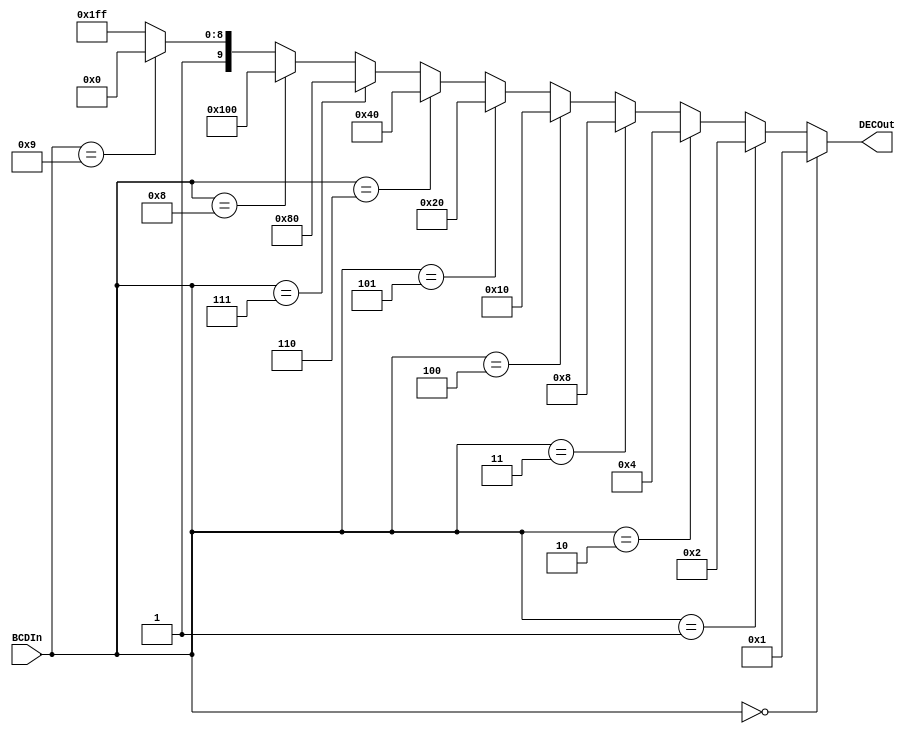
module BCDtoDecimal(DECOut,BCDIn);
input [3:0] BCDIn;
output [9:0] DECOut;

assign DECOut = (BCDIn==4'b0000)? 10'b0000000001:
                (BCDIn==4'b0001)? 10'b0000000010:
                (BCDIn==4'b0010)? 10'b0000000100:
                (BCDIn==4'b0011)? 10'b0000001000:
                (BCDIn==4'b0100)? 10'b0000010000:
                (BCDIn==4'b0101)? 10'b0000100000:
                (BCDIn==4'b0110)? 10'b0001000000:
                (BCDIn==4'b0111)? 10'b0010000000:
                (BCDIn==4'b1000)? 10'b0100000000:
                (BCDIn==4'b1001)? 10'b1000000000:10'b1111111111;

endmodule

module Top;
wire [9:0] DEC_out;
reg [3:0] BCD_in;

BCDtoDecimal my_module(DEC_out,BCD_in);

initial
    begin
        $monitor($time," BCDIn = %d --> DECOut = %b",BCD_in,DEC_out);
    end
 
initial
    begin
    BCD_in=4'b0000;
    #10 BCD_in=4'b0001;
    #10 BCD_in=4'b0010;
    #10 BCD_in=4'b0011;
    #10 BCD_in=4'b0100;
    #10 BCD_in=4'b0101;
    #10 BCD_in=4'b0110;
    #10 BCD_in=4'b0111;
    #10 BCD_in=4'b1000;
    #10 BCD_in=4'b1001;
    #10 BCD_in=4'b1010;
    #10 BCD_in=4'b1011;
    #10 BCD_in=4'b1100;
    #10 BCD_in=4'b1101;
    #10 BCD_in=4'b1110;
    #10 BCD_in=4'b1111;
    #10 BCD_in=4'b0000;
    $finish;
    end
endmodule